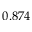
0 . 8 7 4